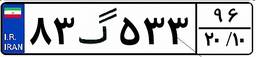
۸۳گ۵۳۳۹۶